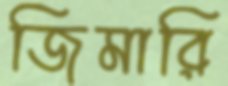
জিমারি